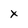
Character: x